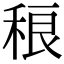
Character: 稂